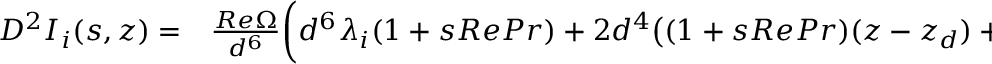
\begin{array} { r l } { D ^ { 2 } I _ { i } ( s , z ) = } & { { } \frac { R e \Omega } { d ^ { 6 } } \bigg ( d ^ { 6 } \lambda _ { i } ( 1 + s R e P r ) + 2 d ^ { 4 } \big ( ( 1 + s R e P r ) ( z - z _ { d } ) + \lambda _ { i } \big ) } \end{array}